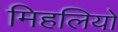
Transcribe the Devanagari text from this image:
मिहलियो